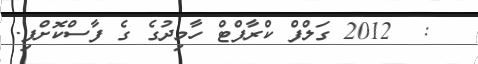
:  2012 ގަލްފް ކްރާފްޓް ހާމިދުގެ ގެ ފާސްކޮށްފި.